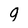
Character: 9